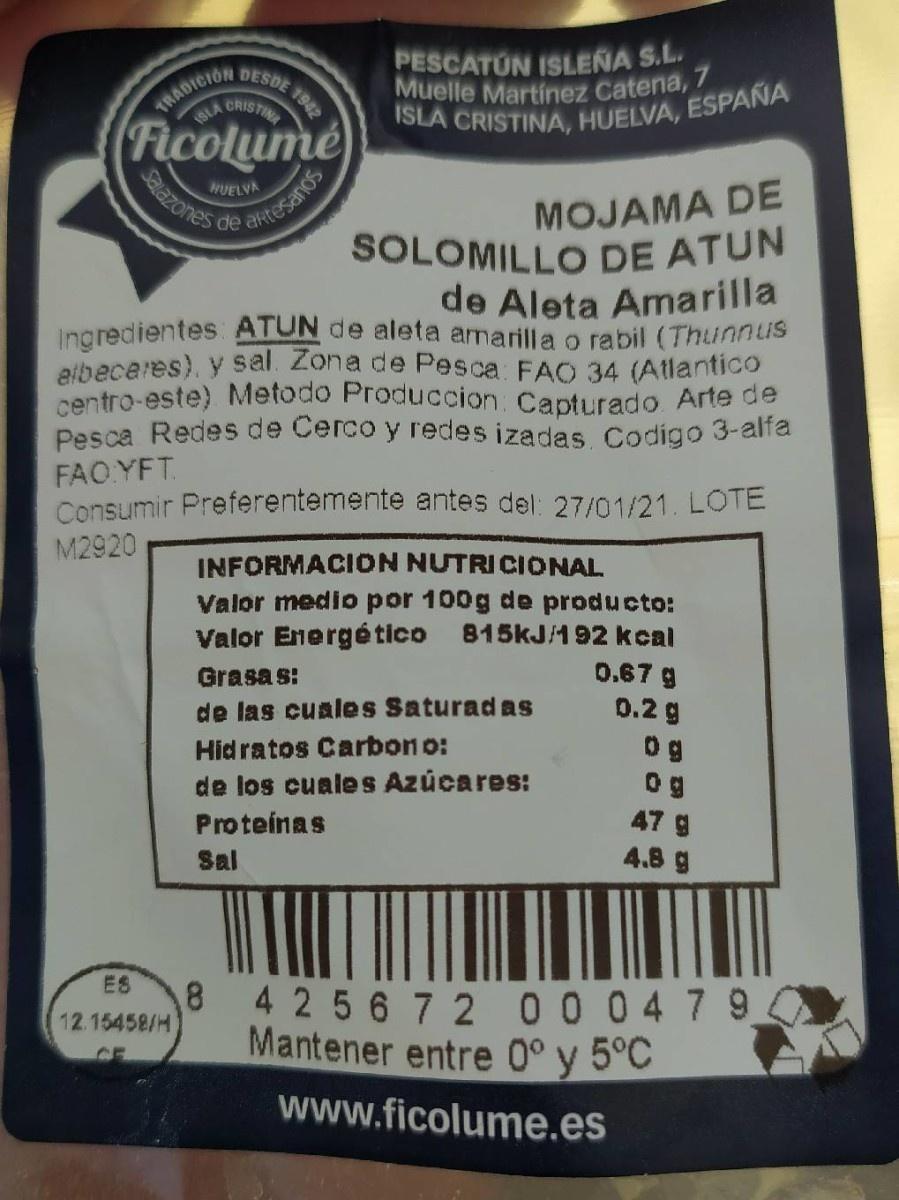
PESCATUN ISLENA S.L. Muelle Martinez Catena, 7 ISLA CRISTINA, HUELVA, ESPAÑA
DESDE 19
TRADICION
ISLA CRISTINE
Ficolume
Salazones de artesanos
MOJAMA DE SOLOMILLO DE ATUN de Aleta Amarilla Ingredientes: ATUN de aleta amarilla o rabil (Thunnus eibecares). y Sal. Zona de Pesca FAO 34 (Allantico centro-este) Metodo Produccion. Capturado Arte de Pesca Redes de Cerco y redes izadas Codigo 3-alfa
HUELVA
FAO YFT. Consumir Preferentemente antes del: 27/01/21. LOTE
M2920
INFORMACION NUTRICIONAL. Valor medio por 100g de producto: Valor Energético 815KJ/192 kcal 0.67 g 0.2 g
Grasa s:
de las cuales Saturadas
Hid ratos Carbon o:
0 g
de los cuale s Azúcares:
47 g 4.8 g
Proteínas
Sal
ES
8.
4 25672 00 0479
12.15458/H
Mantener entre 0° y 5°C
CE
www.ficolume.es